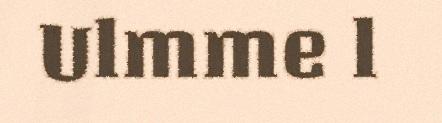
Ulmme l